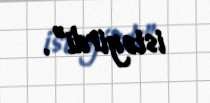
istəyirdi”.